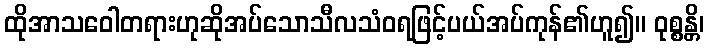
ထိုအာသဝေါတရားဟုဆိုအပ်သောသီလသံဝရဖြင့်ပယ်အပ်ကုန်၏ဟူ၍။ ဝုစ္စန္တိ၊